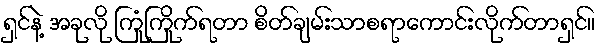
ရှင်နဲ့ အခုလို ကြုံကြိုက်ရတာ စိတ်ချမ်းသာစရာကောင်းလိုက်တာရှင်။